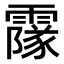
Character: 𩅥